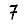
Digit: 7